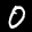
Label: 0